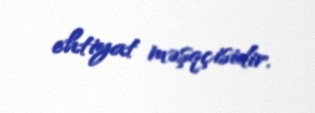
ehtiyat məşqçisidir.